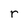
Character: r